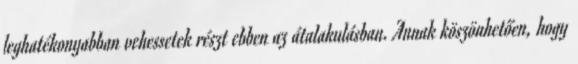
leghatékonyabban vehessetek részt ebben az átalakulásban. Annak köszönhetően, hogy